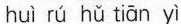
huì rù hǔ tàrī γ